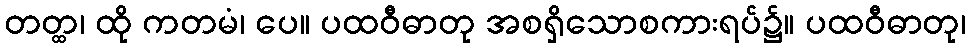
တတ္ထ၊ ထို ကတမံ၊ ပေ။ ပထဝီဓာတု အစရှိသောစကားရပ်၌။ ပထဝီဓာတု၊